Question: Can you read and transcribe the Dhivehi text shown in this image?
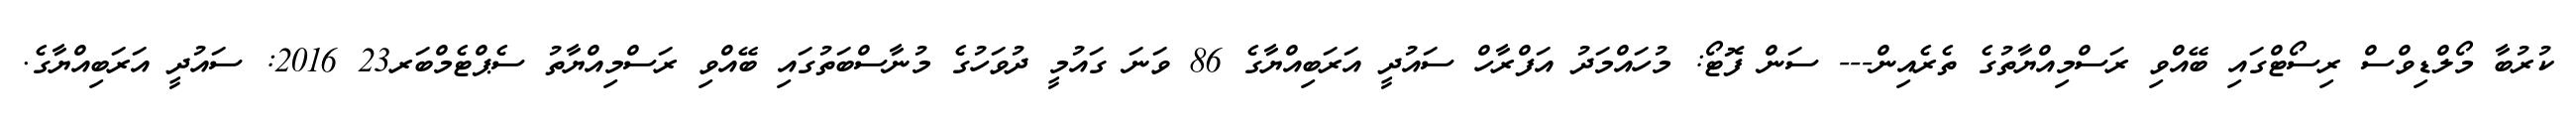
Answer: ކުރުބާ މޯލްޑިވްސް ރިސޯޓްގައި ބޭއްވި ރަސްމިއްޔާތުގެ ތެރެއިން--- ސަން ފޮޓޯ: މުހައްމަދު އަފްރާހް ސައުދީ އަރަބިއްޔާގެ 86 ވަނަ ގައުމީ ދުވަހުގެ މުނާސްބަތުގައި ބޭއްވި ރަސްމިއްޔާތު ސެޕްޓެމްބަރ23 2016: ސައުދީ އަރަބިއްޔާގެ.